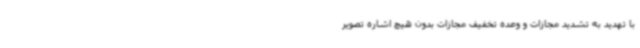
با تهدید به تشدید مجازات و وعده تخفیف مجازات بدون هیچ اشاره تصویر